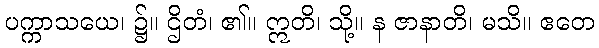
ပက္ကာသယေ၊ ၌။ ဌိတံ၊ ၏။ ဣတိ၊ သို့။ န ဇာနာတိ၊ မသိ။ ဧတေ